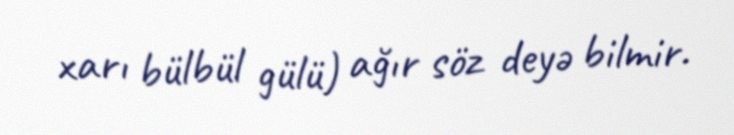
xarı bülbül gülü) ağır söz deyə bilmir.